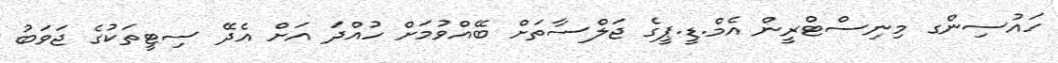
ހައުސިންގ މިނިސްޓްރީން އެމް.ޑީ.ޕީގެ ޖަލްސާތަށް ބޭއްވުމަށް ހުއްދަ އަށް އެދޭ ސިޓީތަކުގެ ޖަވަބު